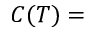
C ( T ) =